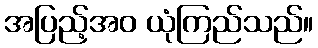
အပြည့်အဝ ယုံကြည်သည်။